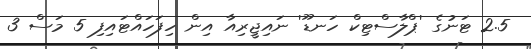
2.5 ޓަނުގެ 'ޕްލާސްޓިކް ހަނޑޫ' ނައިޖީރިއާ އިން ހިފަހައްޓައިފި 5 މަސް 3